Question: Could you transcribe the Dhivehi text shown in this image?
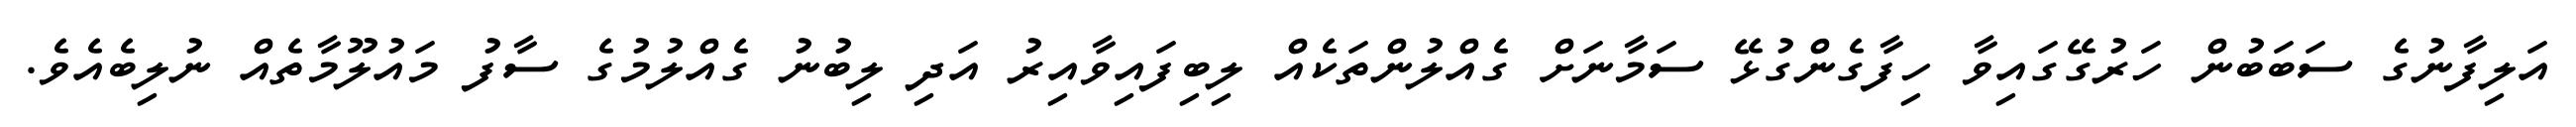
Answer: އަލިފާނުގެ ސަބަބުން ހަރުގޭގައިވާ ހިފާގެންގުޅޭ ސަމާނަށް ގެއްލުންތަކެއް ލިބިފައިވާއިރު އަދި ލިބުނު ގެއްލުމުގެ ސާފު މައުލޫމާތެއް ނުލިބެއެވެ.